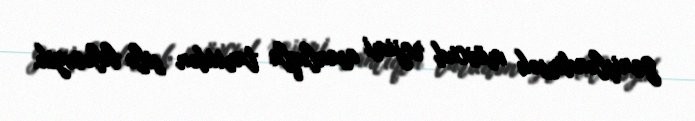
genişləndirsək mövcud rejimi asanlıqla tarixdən silə biləcəyik.